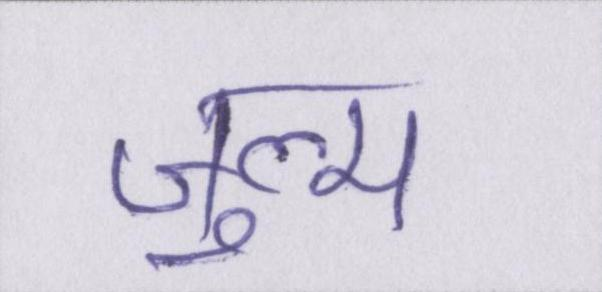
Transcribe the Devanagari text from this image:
ज़ुल्म